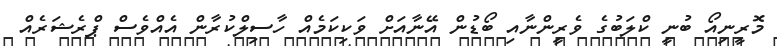
މޮރީނިއޯ ބުނީ ކްލަބުގެ ވެރީންނާއި ބޯޑުން އޭނާއަށް ވަކިކަމެއް ހާސިލްކުރާން އެއްވެސް ޕްރެޝަރެއް